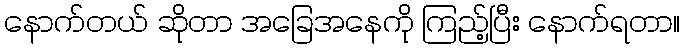
နောက်တယ် ဆိုတာ အခြေအနေကို ကြည့်ပြီး နောက်ရတာ။